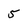
Character: 5